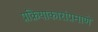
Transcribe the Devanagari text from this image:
प्रक्रियाकारांप्रमाणे